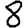
Digit: 8